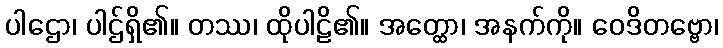
ပါဌော၊ ပါဌ်ရှိ၏။ တဿ၊ ထိုပါဠိ၏။ အတ္ထော၊ အနက်ကို။ ဝေဒိတဗ္ဗော၊